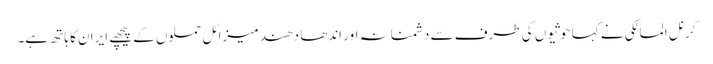
کرنل المالکی نے کہا حوثیوں کی طرف سے دشمنانہ اور اندھا دھند میزائل حملوں کے پیچھے ایران کا ہاتھ ہے۔